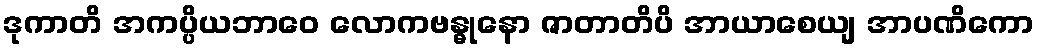
ဒုကာတိ အကပ္ပိယဘာဝေ လောကဗန္ဓုနော ဇာတာတိပိ အာယာစေယျ အာပဏိကော